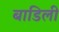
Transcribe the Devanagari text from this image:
बाडिली